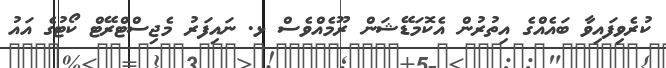
ކުރެވިފައިވާ ބައެއްގެ އިތުރުން އެކޮމަޑޭޝަން ރޫމެއްވެސް ޅ. ނައިފަރު މެޖިސްޓްރޭޓް ކޯޓުގެ އައު